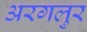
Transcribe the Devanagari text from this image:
अरगलुर